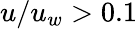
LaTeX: u/u_{w}>0.1